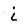
Character: i